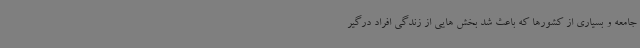
جامعه و بسیاری از کشورها که باعث شد بخش هایی از زندگی افراد درگیر